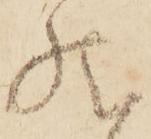
然